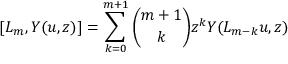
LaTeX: [ L _ { m } , Y ( u , z ) ] = \sum _ { k = 0 } ^ { m + 1 } { \binom { m + 1 } { k } } z ^ { k } Y ( L _ { m - k } u , z )